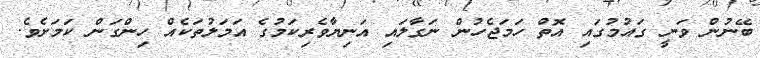
ބޭނުން ވަނީ ގައުމުގައި އޮތް ހަމަޖެހުން ނަގާލައި އަނިޔާވެރިކަމުގެ އަމަލުތަކެއް ހިންގަން ކަމަށެވެ.